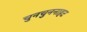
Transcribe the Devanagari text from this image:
चुनचुननाहट